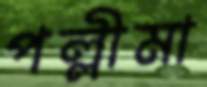
পল্লীমা